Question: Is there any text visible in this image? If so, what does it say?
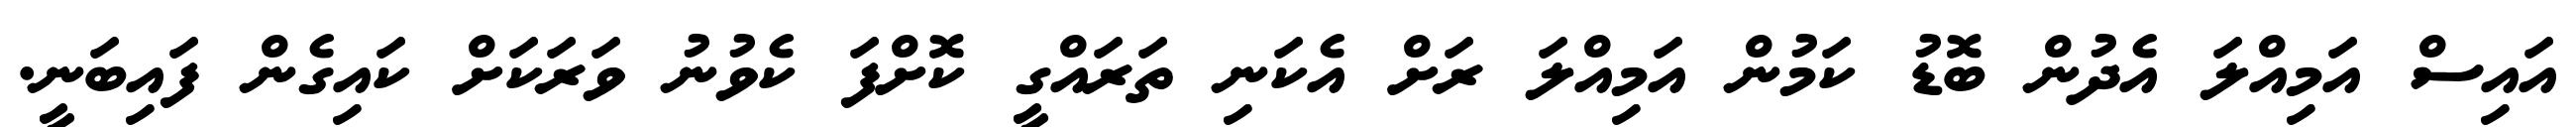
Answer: އައިސް އަމިއްލަ އެދުން ބޮޑު ކަމުން އަމިއްލަ ރަށް އެކަނި ތަރައްގީ ކޮށްފަ ކެވުނު ވަރަކަށް ކައިގެން ފައިބަނީ.